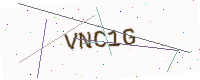
Text: VNC1G